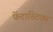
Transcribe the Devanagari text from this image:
फेंटास्टिका